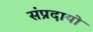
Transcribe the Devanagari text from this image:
संप्रदायो